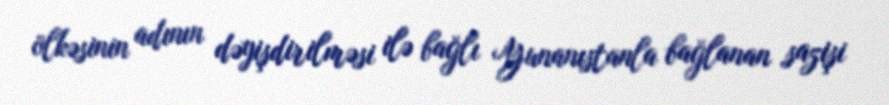
ölkəsinin adının dəyişdirilməsi ilə bağlı Yunanıstanla bağlanan sazişi